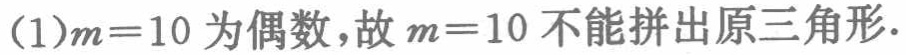
(1)$m = 10$为偶数，故$m = 10$不能拼出原三角形.